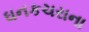
ઘનકચરાના